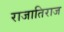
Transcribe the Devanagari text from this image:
राजातिराज